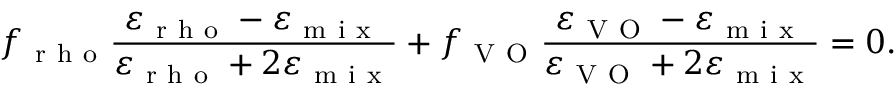
f _ { \mathrm { ~ r ~ h ~ o ~ } } \frac { \varepsilon _ { \mathrm { ~ r ~ h ~ o ~ } } - \varepsilon _ { \mathrm { ~ m ~ i ~ x ~ } } } { \varepsilon _ { \mathrm { ~ r ~ h ~ o ~ } } + 2 \varepsilon _ { \mathrm { ~ m ~ i ~ x ~ } } } + f _ { \mathrm { ~ V ~ O ~ } } \frac { \varepsilon _ { \mathrm { ~ V ~ O ~ } } - \varepsilon _ { \mathrm { ~ m ~ i ~ x ~ } } } { \varepsilon _ { \mathrm { ~ V ~ O ~ } } + 2 \varepsilon _ { \mathrm { ~ m ~ i ~ x ~ } } } = 0 .